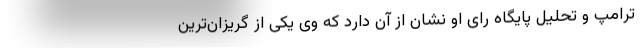
ترامپ و تحلیل پایگاه رای او نشان از آن دارد که وی یکی از گریزان‌ترین